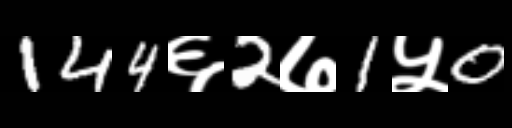
Text: 144६2७1५0